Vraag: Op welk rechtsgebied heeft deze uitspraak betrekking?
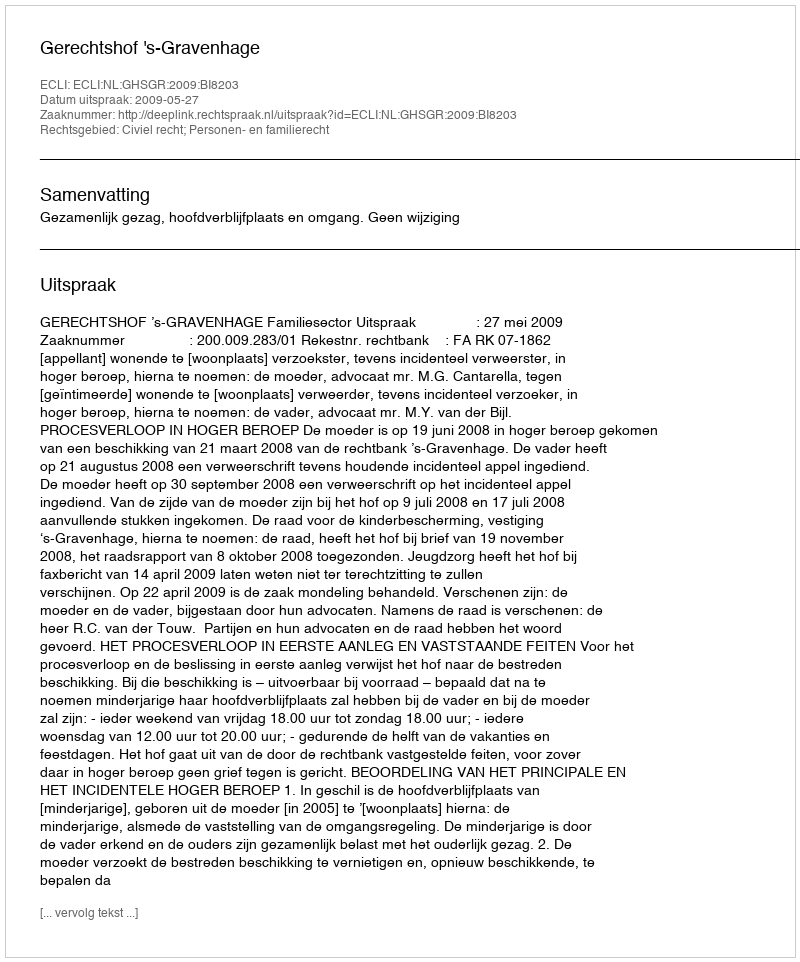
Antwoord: Civiel recht; Personen- en familierecht